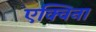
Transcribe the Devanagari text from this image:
एक्विना